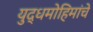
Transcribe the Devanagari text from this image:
युद्धमोहिमांचे